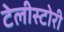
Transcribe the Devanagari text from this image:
टेलीस्टोरी